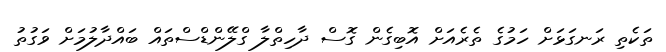
ތަކެތި ރަނގަޅަށް ހަމުގެ ތެރެއަށް އޮބިގެން ގޮސް ދާހިތްލާ ގްލޭންޑްސްތައް ބައްދާލުމަށް ވަގުތު